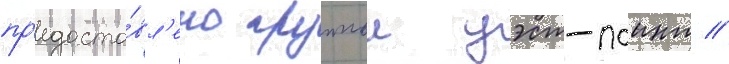
пр'едоста́вл'ено группои уэст-поинт //